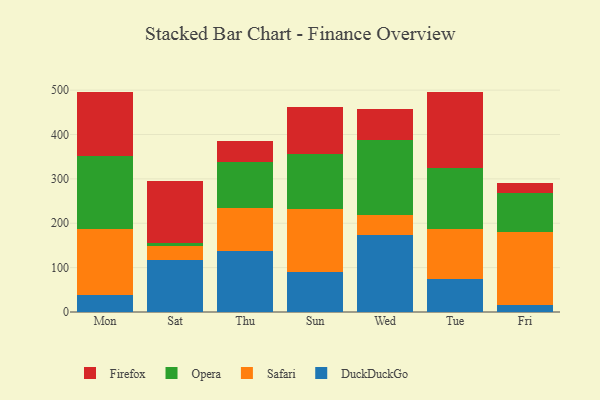
{"axis": {"x": "Day", "y": "Production Output"}, "legend": ["DuckDuckGo", "Firefox", "Opera", "Safari"], "data": [{"x": "Mon", "y": 38.4, "type": "DuckDuckGo"}, {"x": "Mon", "y": 148.9, "type": "Safari"}, {"x": "Mon", "y": 165.0, "type": "Opera"}, {"x": "Mon", "y": 143.7, "type": "Firefox"}, {"x": "Sat", "y": 116.6, "type": "DuckDuckGo"}, {"x": "Sat", "y": 32.2, "type": "Safari"}, {"x": "Sat", "y": 6.5, "type": "Opera"}, {"x": "Sat", "y": 140.7, "type": "Firefox"}, {"x": "Thu", "y": 137.8, "type": "DuckDuckGo"}, {"x": "Thu", "y": 96.1, "type": "Safari"}, {"x": "Thu", "y": 103.5, "type": "Opera"}, {"x": "Thu", "y": 46.9, "type": "Firefox"}, {"x": "Sun", "y": 90.6, "type": "DuckDuckGo"}, {"x": "Sun", "y": 141.3, "type": "Safari"}, {"x": "Sun", "y": 124.7, "type": "Opera"}, {"x": "Sun", "y": 106.5, "type": "Firefox"}, {"x": "Wed", "y": 172.8, "type": "DuckDuckGo"}, {"x": "Wed", "y": 45.4, "type": "Safari"}, {"x": "Wed", "y": 169.0, "type": "Opera"}, {"x": "Wed", "y": 70.6, "type": "Firefox"}, {"x": "Tue", "y": 73.9, "type": "DuckDuckGo"}, {"x": "Tue", "y": 112.1, "type": "Safari"}, {"x": "Tue", "y": 137.7, "type": "Opera"}, {"x": "Tue", "y": 173.0, "type": "Firefox"}, {"x": "Fri", "y": 15.7, "type": "DuckDuckGo"}, {"x": "Fri", "y": 164.1, "type": "Safari"}, {"x": "Fri", "y": 89.3, "type": "Opera"}, {"x": "Fri", "y": 21.1, "type": "Firefox"}]}